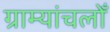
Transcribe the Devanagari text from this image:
ग्राम्यांचलोँ